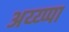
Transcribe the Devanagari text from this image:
अय्य्प्पा